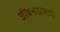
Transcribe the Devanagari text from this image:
जीवनाप्रमाणे